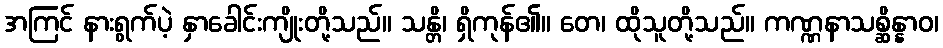
အကြင် နားရွက်ပဲ့ နှာခေါင်းကျိုးတို့သည်။ သန္တိ၊ ရှိကုန်၏။ တေ၊ ထိုသူတို့သည်။ ကဏ္ဏနာသစ္ဆိန္နာဝ၊